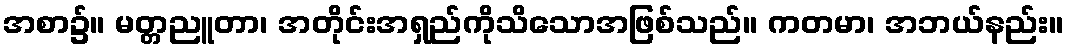
အစာ၌။ မတ္တညူတာ၊ အတိုင်းအရှည်ကိုသိသောအဖြစ်သည်။ ကတမာ၊ အဘယ်နည်း။